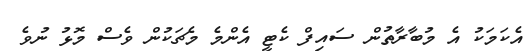
އެކަމަކު އެ މުބާރާތުން ސައިފް ކެޓީ އެންމެ މެޗަކުން ވެސް މޮޅު ނުވެ